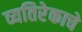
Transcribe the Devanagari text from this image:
व्यतिरेकाचे